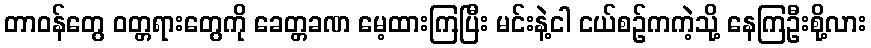
တာဝန်တွေ ဝတ္တရားတွေကို ခေတ္တခဏ မေ့ထားကြပြီး မင်းနဲ့ငါ ငယ်စဉ်ကကဲ့သို့ နေကြဦးစို့လား